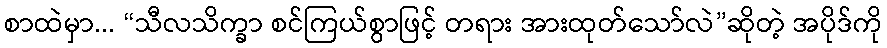
စာထဲမှာ... “သီလသိက္ခာ စင်ကြယ်စွာဖြင့် တရား အားထုတ်သော်လဲ”ဆိုတဲ့ အပိုဒ်ကို